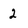
Character: 2